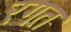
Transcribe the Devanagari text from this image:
रगत